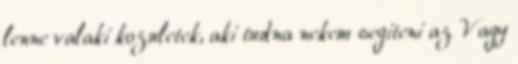
lenne valaki kozuletek, aki tudna nekem segiteni az Vagy